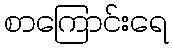
စာကြောင်းရေ